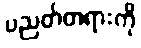
ပညတ်တရားကို